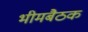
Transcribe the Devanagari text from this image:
भीमबैठक